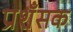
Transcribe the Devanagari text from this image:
प्रशँसक